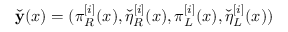
\check { \mathbf { y } } ( x ) = ( \pi _ { R } ^ { [ i ] } ( x ) , \check { \eta } _ { R } ^ { [ i ] } ( x ) , \pi _ { L } ^ { [ i ] } ( x ) , \check { \eta } _ { L } ^ { [ i ] } ( x ) )